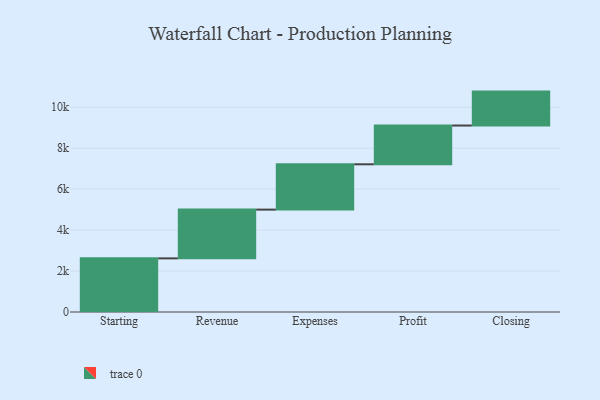
{"axis": {"x": "Step", "y": "Value"}, "legend": [""], "data": [{"x": "Starting", "y": 2619.0, "type": ""}, {"x": "Revenue", "y": 2381.0, "type": ""}, {"x": "Expenses", "y": 2214.0, "type": ""}, {"x": "Profit", "y": 1893.0, "type": ""}, {"x": "Closing", "y": 1657.0, "type": ""}]}